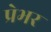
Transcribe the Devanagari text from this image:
प्रेभर